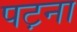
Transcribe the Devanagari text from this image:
पट़ना